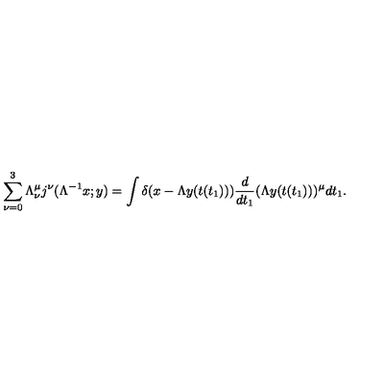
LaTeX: \sum _ { \nu = 0 } ^ { 3 } \Lambda _ { \nu } ^ { \mu } j ^ { \nu } ( \Lambda ^ { - 1 } x ; y ) = \int \delta ( x - \Lambda y ( t ( t _ { 1 } ) ) ) \frac { d } { d t _ { 1 } } ( \Lambda y ( t ( t _ { 1 } ) ) ) ^ { \mu } d t _ { 1 } .